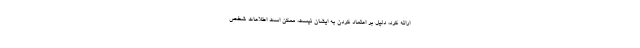
ارائه کرد،‌ دلیل بر اعتماد کردن به ایشان نیست، ممکن است اطلاعات شخص